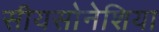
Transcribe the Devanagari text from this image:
सीयसोनेशिया